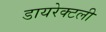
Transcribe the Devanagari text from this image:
डायरेक्टली